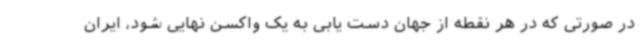
در صورتی که در هر نقطه از جهان دست یابی به یک واکسن نهایی شود، ایران